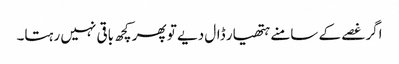
اگر غصے کے سامنے ہتھیار ڈال دیے تو پھر کچھ باقی نہیں رہتا۔